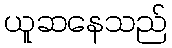
ယူဆနေသည်